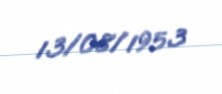
13/08/1953